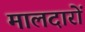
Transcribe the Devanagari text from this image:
मालदारों